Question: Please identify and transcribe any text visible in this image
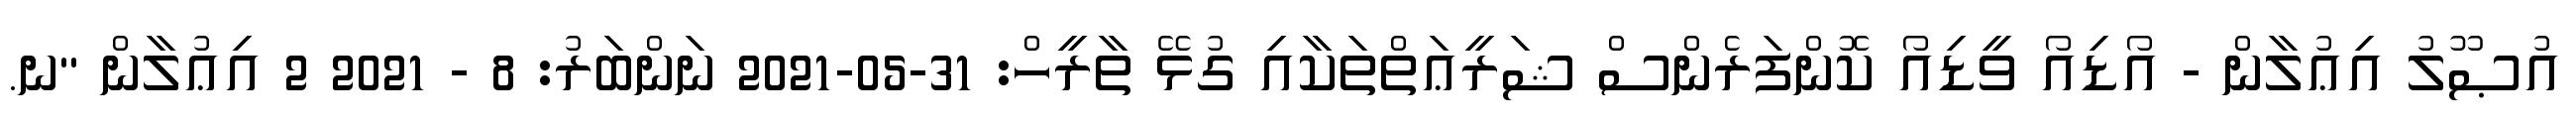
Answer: އުޞޫލު އިޢުލާން - އޯޑިއޯ ވީޑިއޯ ކޮންފަރެންސް ޝަރީޢަތްތަކާއި ގުޅޭ ތާރީހް: 31-05-2021 ނަންބަރު: 8 - 2021 2 އިޢުލާން "ނ.